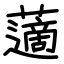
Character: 藡